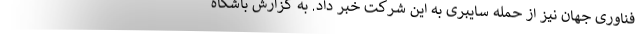
فناوری جهان نیز از حمله سایبری به این شرکت خبر داد. به گزارش باشگاه